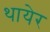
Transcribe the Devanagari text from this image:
थायेर